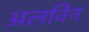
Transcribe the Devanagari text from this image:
अलविन